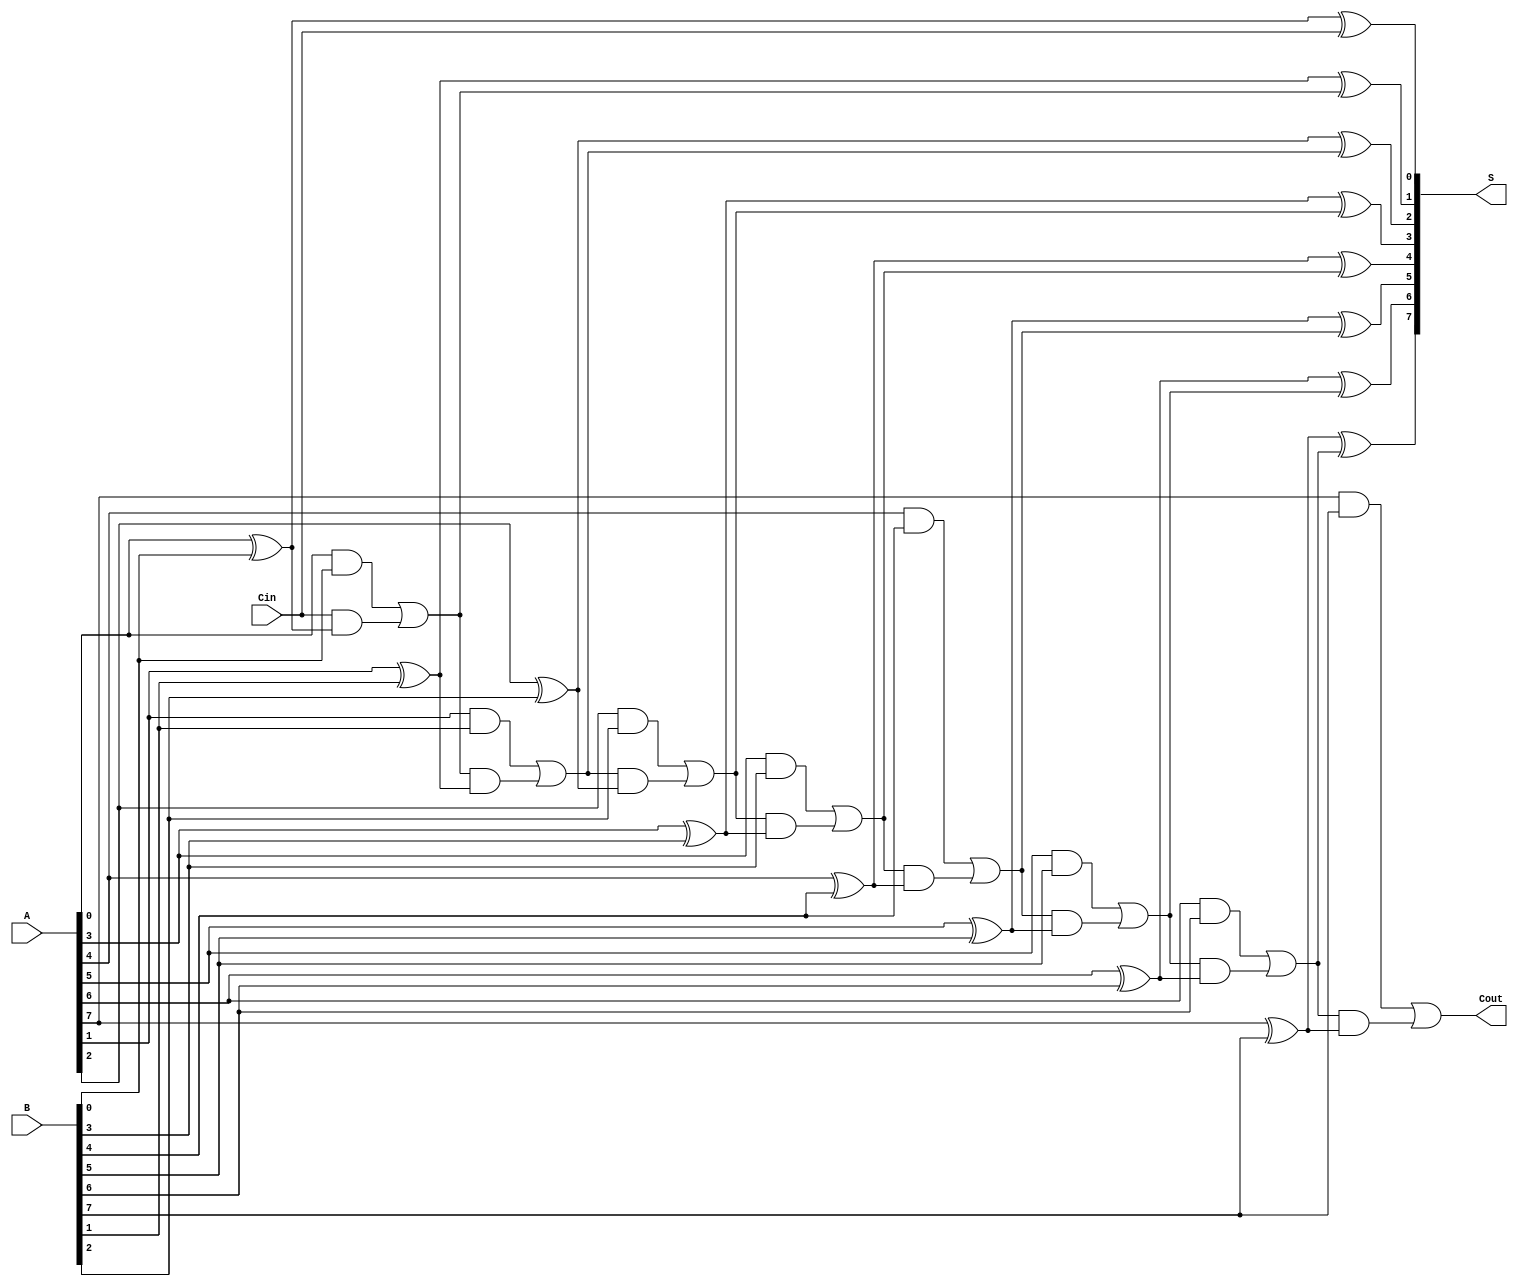
module ManchesterCarryChainAdder #(parameter N = 8) (
    input [N-1:0] A,     // First n-bit input
    input [N-1:0] B,     // Second n-bit input
    input Cin,           // Carry-in signal
    output [N-1:0] S,    // n-bit sum output
    output Cout          // Carry-out signal
);

    wire [N:0] carry;    // Carry signals, one extra for Cout
    assign carry[0] = Cin; // Initial carry-in

    // Generate carry signals
    genvar i;
    generate
        for (i = 0; i < N; i = i + 1) begin : carry_gen
            // Carry logic: C[i] = (A[i] & B[i]) | (C[i-1] & (A[i] ^ B[i]))
            assign carry[i + 1] = (A[i] & B[i]) | (carry[i] & (A[i] ^ B[i]));
        end
    endgenerate

    // Calculate sum
    generate
        for (i = 0; i < N; i = i + 1) begin : sum_calc
            // Sum logic: S[i] = A[i] ^ B[i] ^ C[i]
            assign S[i] = A[i] ^ B[i] ^ carry[i];
        end
    endgenerate

    // Assign Cout
    assign Cout = carry[N];

endmodule